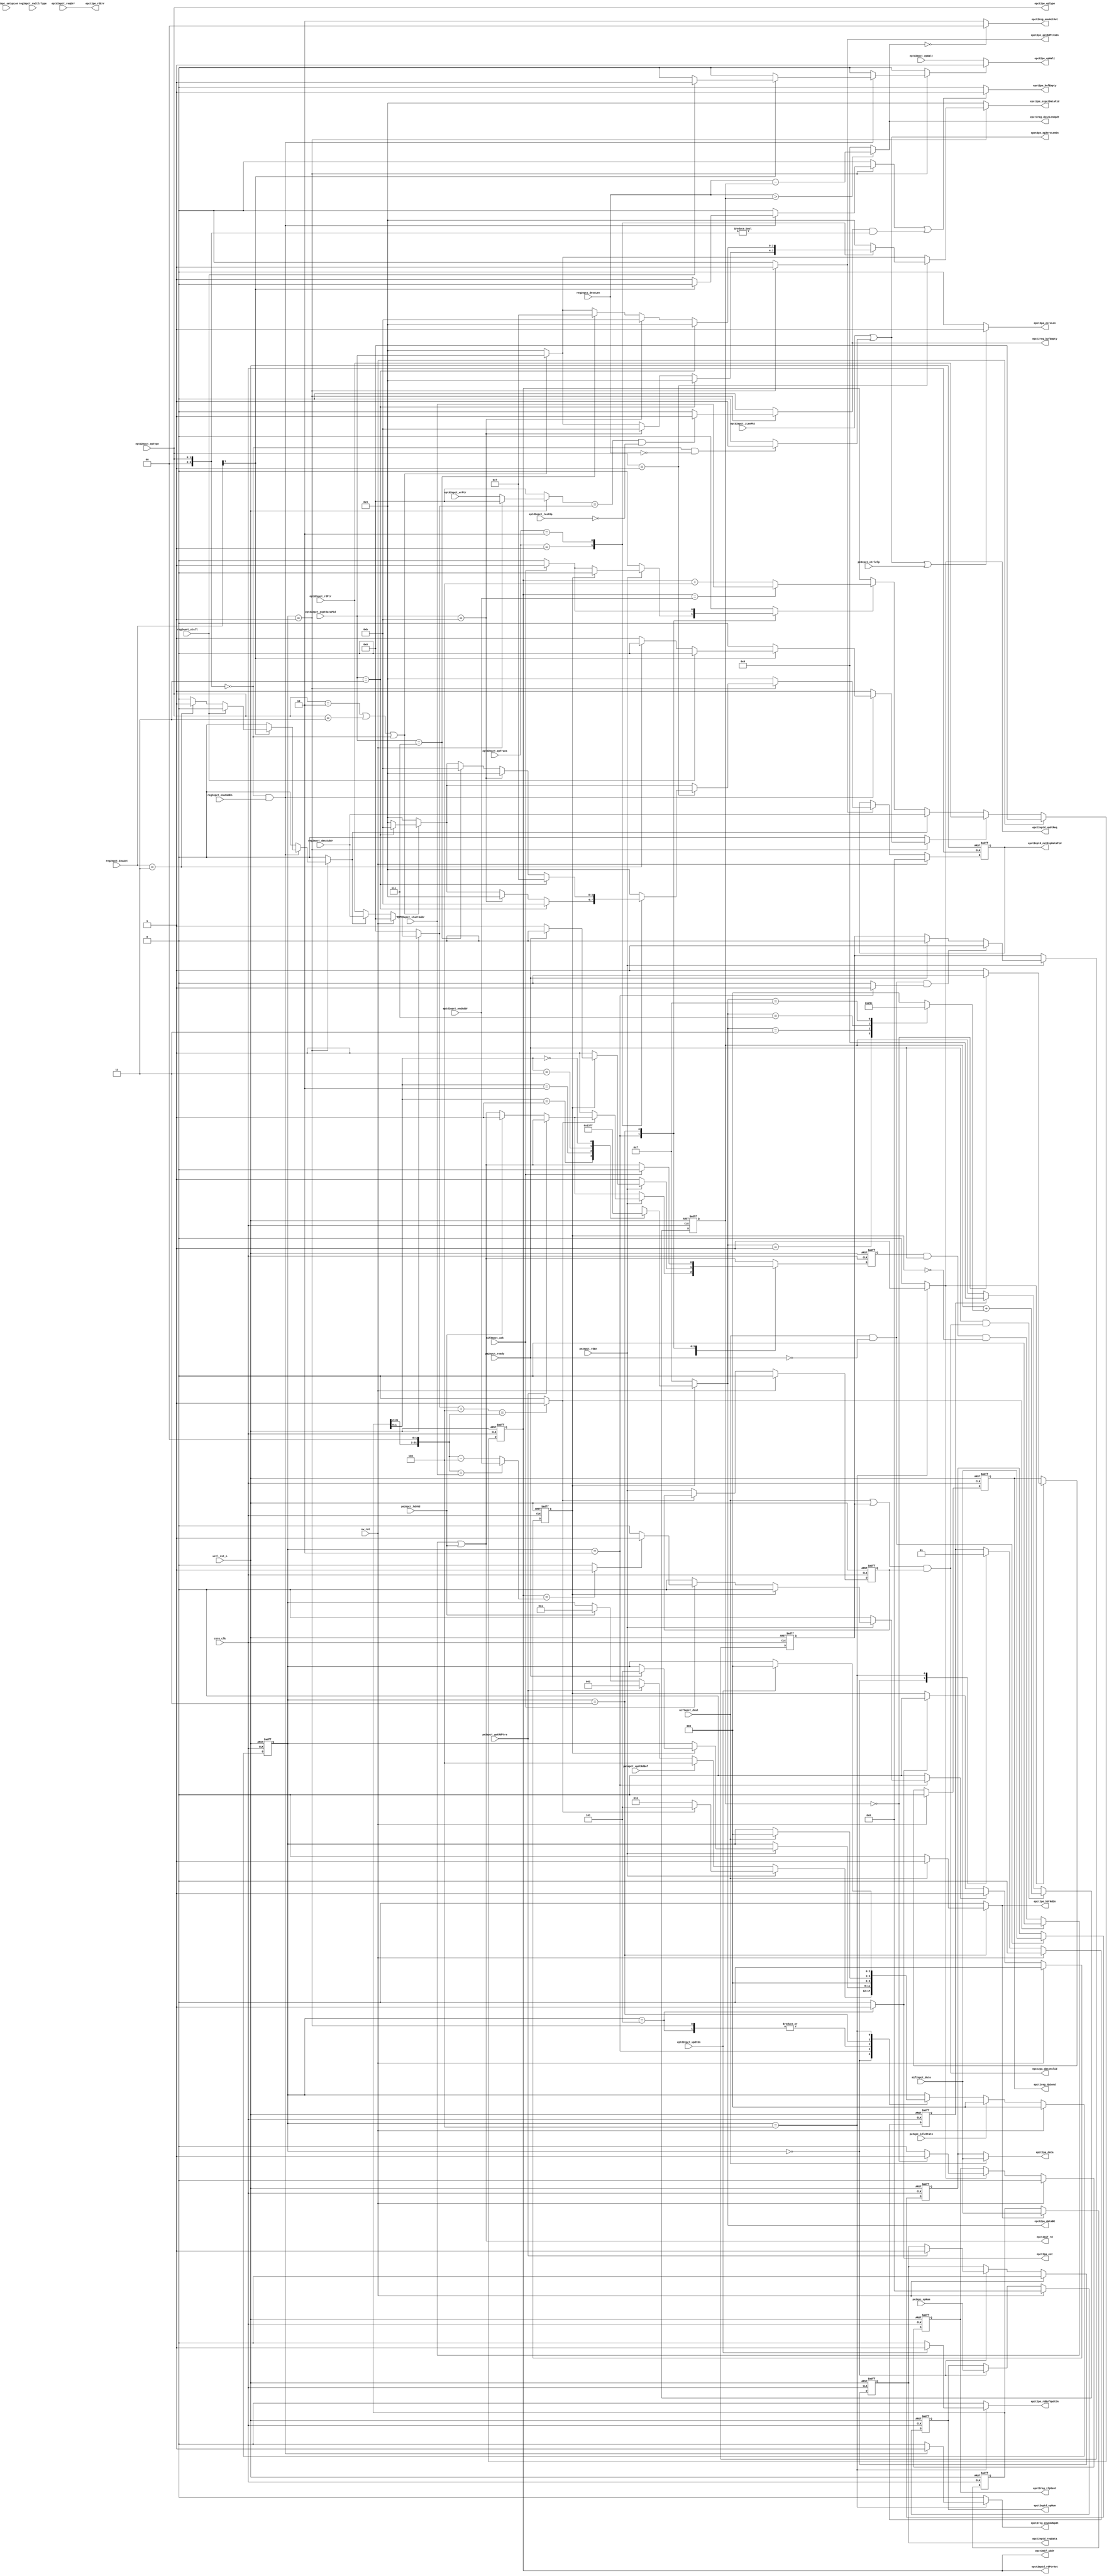
module uctl_epct#(
   parameter   ADDR_SIZE         = 32,
               DATA_SIZE         = 32,
               REGISTER_EPDATA   = 0
   )(
   input wire                    core_clk             , //The core clock
   input wire                    uctl_rst_n           , //Active low reset
   input wire                    sw_rst              , //synchronous software reset

   // ----------------------------------------------------------------
   // pa interface      
   // ----------------------------------------------------------------
   input  wire                   pa2epct_ready        , //indicates that data is  latched into ep buffer
   output wire                   epct2pa_dataValid    , //specifying data availability on the data bus       
   output wire [DATA_SIZE-1:0]   epct2pa_data         , //The Rx Data bus
   output wire [3          :0]   epct2pa_dataBE       , //Byte enable signals for the data bus
   output reg                    epct2pa_eot          , //Last data of current transfer
   output wire                   epct2pa_zeroLen      , //Indicates zero length Rx packet 


   // ----------------------------------------------------------------
   // PE interface      
   // ----------------------------------------------------------------
   input wire                    pe2epct_getRdPtrs    , //get  the current endpoint attributes 
   input wire                    pe2epct_ctrlZlp      , //send zlp for control if IN data stage is completed and new IN token is received
   input wire                    pe2epct_rdEn         , //write enable signal
   input wire                    pe2epct_hdrRd        , //header write request
   input wire                    pe2epct_updtRdBuf    , //buffer update request
   input wire                    pe2epc_idleState     , //high if PE is in IDLE state
   input wire  [3          :0]   pe2epc_epNum         , //current EP number
 //  input wire  [3          :0]   pe2epc_tokenType     , //token Type:SETUP, PING, IN, OUT 
                                                      
   output wire                   epct2pe_epHalt       , // device is halted 
   output wire                   epct2pe_epZeroLenEn  , //     
   output wire                   epct2pe_bufEmpty     , //EP buffer is full
   output wire                   epct2pe_rdErr        , //wrong PE number, wrong direction etc
   output reg                    epct2pe_getRdPtrsDn, //buffer info has been read by epct
   //output reg                    epct2pe_epDir        , //IN/OUT
   output wire [1          :0]   epct2pe_epType       , //EP type:Control, Interrupt, Isochro or Bulk
   output wire [3          :0]   epct2pe_expctDataPid , //expected data token for current pkt
   output reg                    epct2pe_hdrRdDn      , //Header read for buffer is completed
   output reg                    epct2pe_rdBufUpdtDn  , //Buffer info has been updated on successful transfer 
  // output reg                    epct2pe_eot          , //last data has been written in EP buffer 

   // ----------------------------------------------------------------
   // Register interface      
   // ----------------------------------------------------------------
   input wire                    reg2epct_enuCmdEn    , //Enumeration done using ENU_CMD_REG
   input wire [1          :0]    reg2epct_EnuAct      , //Active status:
   input wire [15         :0]    reg2epct_descLen     , //Length of descriptor data requested
   input wire [ADDR_SIZE-1:0]    reg2epct_descAddr    , //Starting address for the descriptor
   input wire                    reg2epct_stall       , //enable stall for request 
   input wire                    reg2epct_rwCtlrType  , // 0: control read, 1: control write
   input wire [16       -1:0]    reg2epc_setupLen     ,
                                                      
   output wire[1           :0]   epct2reg_enuActOut   , //Update value for the ACT field from endpoint
   output reg                    epct2reg_enuCmdUpdt  , //Strobe signal to update ENU_CMD_REG
   output wire[15           :0]  epct2reg_descLenUpdt , // update this value of length
   output wire                   epct2reg_bufEmpty    ,
   output reg                    epct2reg_dpSend      ,
   output reg                    epct2reg_zlpSent     ,                
   // ----------------------------------------------------------------
   // Endpoint Data interface 
   // ----------------------------------------------------------------

   input wire                    eptd2epct_reqErr     , //Request error indication
   input wire [ADDR_SIZE-1:0]    eptd2epct_startAddr  , //Endpoint Start Address
   input wire [ADDR_SIZE-1:0]    eptd2epct_endAddr    , //Endpoint End Address
   input wire [ADDR_SIZE-1:0]    eptd2epct_rdPtr      , //Endpoint Read pointer
   input wire [ADDR_SIZE-1:0]    eptd2epct_wrPtr      , //Endpoint Write pointer
   input wire                    eptd2epct_lastOp     , //Last operation for this EP 0 : READ,1 : WRITE            
   input wire [3          :0]    eptd2epct_exptDataPid, //Expected Data PID for this endpoint         
   input wire                    eptd2epct_updtDn     , //update was done successfully
   input wire                    eptd2epct_epHalt     , //Endpoint Halt 
   input wire [1          :0]    eptd2epct_epTrans    , //High BW # transfers permicro frame
 //input wire [11         :0]    eptd2epct_wMaxPktSize, //Endpoint max buffer size (wMaxPaketSize)
 //input wire                    eptd2epct_dir        , //Endpoint direction 0 : IN 1 : OUT
   input wire [1          :0]    eptd2epct_epType     , //EP Type, control, bulk etc 
   input wire                    eptd2epct_zLenPkt    , //Respond to IN requests to this EP with zero len pkt 

   output reg [3          :0]    epct2eptd_epNum      , //Physical Endpoint number
   output reg                    epct2eptd_reqData    , //Request signal to get all the endpoint
   output reg                    epct2eptd_updtReq    , //Update request for the below EP Attributes
   output wire[ADDR_SIZE-1:0]    epct2eptd_rdPtrOut      , //Write pointer value to be updated
   output reg [3          :0]    epct2eptd_nxtExpDataPid , //next DATA token to be expected for this EP
                                                      
   // ----------------------------------------------------------------
   // Memory interface 
   // ----------------------------------------------------------------
   output wire [ADDR_SIZE-1:0]   epct2mif_addr        , //Address of the memory location in local buffer
   output wire                   epct2mif_rd          , //Write request

   input wire                    mif2epct_ack         , //Ready signal
   input wire [DATA_SIZE-1:0]    mif2epct_data        , //Write data
   input wire                    mif2epct_dVal       
   );
   // ----------------------------------------------------------------
   // local parameters
   // ---------------------------------------------------------------
   // FSM variables

   reg  [2                 :0] current_state, 
                               next_state;
   localparam  IDLE       =  3'b000,    //default state
               GETEPPTR   =  3'b001,    //read pointers and status of end point
               TXDATA     =  3'b010,    //data transfer for OUT
               TXHDR      =  3'b011,    //write header for ACK/NYET
               TXUPDT     =  3'b100,    //update buffer info
               EOT        =  3'b101;

   // end point type parameters       
   // ---------------------------------------------------------------
    localparam CONTROL        = 2'b00    ,    
               ISOCHRONOUS    = 2'b01    ,
               BULK           = 2'b10    ,
               INTERRUPT      = 2'b11    ;

   // usb mode (speed) type parameters       
   // ---------------------------------------------------------------
     localparam LS            = 2'b00,
                FS            = 2'b01,
                HS            = 2'b10,
                SS            = 2'b11;

   // token type parameters       
   // ---------------------------------------------------------------
   localparam  RSRVD          =  4'B0000 ,
               OUT            =  4'b0001 ,  
               IN             =  4'b1001 , 
               PING           =  4'b0100 , 
               SETUP          =  4'b1101 , 
               DATA0          =  4'b0011 , 
               DATA1          =  4'b1011 , 
               DATA2          =  4'b0111 , 
               MDATA          =  4'b1111 ; 

      reg                   epct2mif_rd_r        ;
      reg                   epct2mif_rd_nxt      ; //Write request
      reg                   bufEmpty             ;
      reg  [3:          0]  curExpDataPid        ;
      reg  [3:          0]  nxtExpDataPid        ;
      reg  [3:          0]  epct2eptd_epNum_nxt  ;
      reg                   epct2eptd_reqData_nxt;
      reg  [ADDR_SIZE-1:0]  mifRdAddr            ;
      wire [ADDR_SIZE-1:0]  last_data_addr       ;
      reg  [ADDR_SIZE-1:0]  mifRdAddr_nxt        ;
      reg                   rd_halt              ;
      reg  [ADDR_SIZE-1:0]  startAddr            ;
      reg  [ADDR_SIZE-1:0]  endAddr              ;
      reg  [ADDR_SIZE-1:0]  rdPtr                ;
      reg  [ADDR_SIZE-1:0]  rdPtr_nxt            ;
      reg  [ADDR_SIZE-1:0]  wrPtr_nxt            ;
      reg  [ADDR_SIZE-1:0]  currentPktHdr        ;
      reg  [3:          0]  exptDataPid          ;
      reg                   epHalt               ;
      reg  [1:          0]  epTrans              ;
      reg  [3:          0]  epType               ;
      reg                   addr_load            ; 
      reg                   addr_incr        ; 
      wire                  epHalt_w             ;
      reg                   regAddr_load         ;
      reg                   rdPtrsRcvd           ;
      reg                   set_last_req_acked;
      reg                   clr_last_req_acked; 
      reg                   last_req_acked    ;
      wire [15:         0]  rem_bytes           ; 
      reg  [15:         0]  total_transLen ;
      reg  [15:         0]  currentPkt_len              ;  
      reg  [2          :0]  current_transSize     ;
      reg  [3          :0]  dataBE               ;           
      reg                   currentPktHdr_ld      ;
      reg  [DATA_SIZE-1:0]  mif2epct_data_h       ;
      reg                   mif2epct_dVal_h       ;
      reg                   rdEn_r                ;
      wire                 zeroLen_pkt            ;
      wire                 mif_rd                 ;
      reg                  clr_dval               ;
   // wire                 setup_stall            ;
      wire                 setup_zlp              ;
      reg  [4        -1:0] setupBE                ;
      reg                  send_NAK               ;          
      reg                  set_pkt_sent           ;      
      reg                  clr_pkt_sent           ;
      wire                 data_trans_completed   ;
      reg                  clr_pkt_size           ;
      reg                  clr_pkt_size_nxt       ;

   // ---------------------------------------------------------------
   // Code starts here
   // ---------------------------------------------------------------
   assign last_data_addr         = ( {currentPktHdr[31:2], 2'b00}== startAddr) ? endAddr :{currentPktHdr[31:2], 2'b00} - 3'b100; 
 //assign data_trans_completed   = ((epType!= CONTROL)&&(mifRdAddr == last_data_addr)||((epType==CONTROL)&& rem_bytes==16'b0 ))?1'b1:1'b0;
   assign data_trans_completed   = (mifRdAddr == last_data_addr)?1'b1:1'b0;
// assign total_transLen         = (reg2epc_setupLen >reg2epct_descLen) ? reg2epct_descLen :reg2epc_setupLen;
// assign total_transLen         = reg2epct_descLen; //device can send data upto the programmed length 
   assign rem_bytes              = (reg2epct_descLen>currentPkt_len)? (reg2epct_descLen-currentPkt_len): {16{1'b0}};
   assign setup_zlp              = (epType== CONTROL) &&(reg2epct_descLen ==1'b0) ? 1'b1  :1'b0;
// assign setup_stall            = (epType== CONTROL) &&(! rem_bytes) ? 1'b1               :1'b0;
   assign epct2pe_epZeroLenEn    = eptd2epct_zLenPkt|| setup_zlp;       
   assign epct2pa_zeroLen        = (epct2pe_epZeroLenEn||pe2epct_ctrlZlp)? 1'b1: 1'b0      ;
   assign epct2pa_dataValid      = (mif2epct_dVal | mif2epct_dVal_h) && rdEn_r; 
   assign epHalt_w               = rd_halt ? 1'b1 : epHalt;
   assign epct2pa_data           = mif2epct_dVal  ? mif2epct_data : mif2epct_data_h;
   assign epct2pa_dataBE         = last_req_acked ? dataBE           :  4'b1111 ;
   assign epct2mif_addr          = mifRdAddr                  ; 
   assign zeroLen_pkt            = ((rdPtr+4)== {currentPktHdr[31:2], 2'b00}) ? 1'b1 : 1'b0;
   assign epct2mif_rd            = mif_rd | pe2epct_hdrRd ; 
   assign mif_rd                 = zeroLen_pkt ? 1'b0 :(epct2mif_rd_r & pa2epct_ready && !last_req_acked)   ;
   assign epct2reg_descLenUpdt   = rem_bytes;
   assign epct2reg_enuActOut     =(rem_bytes   == {16{1'b0}}) ? 2'b00 : 2'b10 ;
   assign epct2eptd_rdPtrOut     = mifRdAddr  ; 
   assign epct2pe_epHalt         = epHalt_w /*| (!setup_zlp & setup_stall)*/; 
   assign epct2pe_bufEmpty       = (send_NAK || bufEmpty&&(epType != CONTROL))?1'b1 : 1'b0;
   assign epct2reg_bufEmpty      = bufEmpty;
   assign epct2pe_rdErr          = eptd2epct_reqErr   ;
   assign epct2pe_epType         = eptd2epct_epType     ;                                       
   assign epct2pe_expctDataPid   = curExpDataPid        ;


   always @(*) begin  
      case(currentPktHdr[1:0])
         2'b01:   dataBE = 4'b0001;
         2'b10:   dataBE = 4'b0011;
         2'b11:   dataBE = 4'b0111;
         2'b00:   dataBE = 4'b1111;
         default: dataBE = 4'b0001;
      endcase
   end
/*
   always @(*) begin  
      case( total_transLen[1:0]  )
         2'b01:   setupBE = 4'b0001;
         2'b10:   setupBE = 4'b0011;
         2'b11:   setupBE = 4'b0111;
         default: setupBE = 4'b1111;
      endcase
   end
 
*/
     always @(posedge core_clk, negedge uctl_rst_n) begin 
        if(!uctl_rst_n) begin
            total_transLen    <=    {16{1'b0}} ;   
         end
         else if(!uctl_rst_n) begin
            total_transLen    <=    {16{1'b0}} ;   
         end
         else if(reg2epct_EnuAct==2'b11) begin
            total_transLen    <= reg2epct_descLen;
         end
      end
 
   always @(posedge core_clk, negedge uctl_rst_n) begin 
      if(!uctl_rst_n) begin
         rdEn_r          <= 1'b0;
      end
      else if(sw_rst) begin
         rdEn_r          <= 1'b0;
      end
      else if(!zeroLen_pkt)begin 
         rdEn_r          <= pe2epct_rdEn;
      end
   end

   generate begin
      if(REGISTER_EPDATA == 1) begin 
         always @(posedge core_clk, negedge uctl_rst_n) begin 
            if(!uctl_rst_n) begin
               startAddr      <= {ADDR_SIZE{1'b0}};
               endAddr        <= {ADDR_SIZE{1'b0}};
               exptDataPid    <= 4'b0             ;
               epHalt         <= 1'b0             ;
               epTrans        <= 2'b0             ;
               epType         <= 2'b0             ;
            end
            else if(sw_rst) begin
               startAddr      <= {ADDR_SIZE{1'b0}};
               endAddr        <= {ADDR_SIZE{1'b0}};
               exptDataPid    <= 4'b0             ;
               epHalt         <= 1'b0             ;
               epTrans        <= 2'b0             ;
               epType         <= 2'b0             ;
            end
            else if(rdPtrsRcvd) begin 
              startAddr      <= eptd2epct_startAddr      ;
              endAddr        <= eptd2epct_endAddr        ;
              exptDataPid    <= eptd2epct_exptDataPid    ;
              epHalt         <= eptd2epct_epHalt         ;
              epTrans        <= eptd2epct_epTrans        ;
              epType         <= eptd2epct_epType         ;
              rdPtr          <= rdPtr_nxt                ;
            end
         end
      end
      else begin 
         always@(*) begin
            startAddr       = eptd2epct_startAddr      ;
            endAddr         = eptd2epct_endAddr        ;
            exptDataPid     = eptd2epct_exptDataPid    ;
            epHalt          = eptd2epct_epHalt         ;
            epTrans         = eptd2epct_epTrans        ;
            epType          = eptd2epct_epType         ;
            rdPtr           = rdPtr_nxt                ;
         end
      end
   end
  endgenerate 


   always @(posedge core_clk, negedge uctl_rst_n) begin 
      if(! uctl_rst_n) begin
         epct2reg_dpSend   <= 1'b0;   
         epct2reg_zlpSent  <= 1'b0;
      end
      else if(sw_rst ) begin
         epct2reg_dpSend   <= 1'b0;   
         epct2reg_zlpSent  <= 1'b0;
      end
      else if(set_pkt_sent) begin
         if(currentPkt_len == 16'h0000) begin
            epct2reg_dpSend   <= 1'b0;   
            epct2reg_zlpSent  <= 1'b1;
         end
         else begin
            epct2reg_dpSend   <= 1'b1;   
            epct2reg_zlpSent  <= 1'b0;
         end
      end
      else if(clr_pkt_sent) begin
         epct2reg_dpSend   <= 1'b0;   
         epct2reg_zlpSent  <= 1'b0;
      end
   end
         
            

 
   always @(posedge core_clk, negedge uctl_rst_n) begin 
      if(! uctl_rst_n) begin
         epct2eptd_reqData    <= 1'b0                   ;
         epct2eptd_epNum      <= 1'b0                 ;
      end
      else if(sw_rst) begin
         epct2eptd_reqData    <= 1'b0                   ;
         epct2eptd_epNum      <= 1'b0                 ;
      end
      else begin
         epct2eptd_epNum      <= epct2eptd_epNum_nxt  ;
         epct2eptd_reqData    <= epct2eptd_reqData_nxt;
      end
      end

      
   always @(posedge core_clk, negedge uctl_rst_n) begin 
      if(! uctl_rst_n) begin
         epct2eptd_nxtExpDataPid <= 4'b0000;        
      end
      else if(sw_rst) begin
         epct2eptd_nxtExpDataPid <= 4'b0000;        
      end
      else if(epct2pe_getRdPtrsDn) begin
         epct2eptd_nxtExpDataPid <= nxtExpDataPid;        
      end
   end

   //for control transfer, using registers count remaining transfer 
   always @(posedge core_clk, negedge uctl_rst_n) begin 
      if(! uctl_rst_n) begin
         currentPkt_len   <= {16{1'b0}};         
      end
   // else if(!pe2epct_hdrRd  &&   addr_incr) begin 
      else if(pa2epct_ready && epct2pa_dataValid) begin 
         currentPkt_len   <= currentPkt_len + current_transSize;
      end
      else if(clr_pkt_size ) begin
         currentPkt_len   <= {16{1'b0}};         
      end
   end

   always @(posedge core_clk, negedge uctl_rst_n) begin 
      if(! uctl_rst_n) begin
         clr_pkt_size            = 1'b0             ;
      end
      else if(   sw_rst   ) begin
         clr_pkt_size            = 1'b0             ;
      end
      else begin 
         clr_pkt_size           <= clr_pkt_size_nxt ;
      end
   end

   //generate memory address combinatorially
   always @(*) begin 
      if(addr_load) begin
         mifRdAddr_nxt        = eptd2epct_rdPtr ;
      end
      else if(regAddr_load) begin 
         mifRdAddr_nxt        = reg2epct_descAddr ;
      end   
      else if(addr_incr) begin
         if(mifRdAddr == endAddr) begin 
            mifRdAddr_nxt        = startAddr;
         end 
         else begin 
            mifRdAddr_nxt     = mifRdAddr +3'b100; 
         end
      end   
      else begin 
         mifRdAddr_nxt     = mifRdAddr;
      end
   end
   //calculate number of bytes transfer in current transfer
   always @(*)begin
      case(epct2pa_dataBE        )
         4'b0000: begin
            current_transSize= 3'b000;
         end
         4'b0001: begin
            current_transSize= 3'b001;
         end
         4'b0011: begin
            current_transSize= 3'b010;
         end
         4'b0111: begin
            current_transSize= 3'b011;
         end
         4'b1111: begin
            current_transSize= 3'b100;
         end
         default: begin
            current_transSize= 3'b000;
         end
      endcase
   end


   // MEMORY read  address
   //---------------------------------------------------------------
   always @(posedge core_clk, negedge uctl_rst_n) begin 
      if(! uctl_rst_n) begin
         mifRdAddr         <={DATA_SIZE{1'b0}} ;
      end
      else if(sw_rst) begin
         mifRdAddr         <={DATA_SIZE{1'b0}} ;
      end
      else begin 
         mifRdAddr         <= mifRdAddr_nxt  ;
      end
   end      


   //generate transfer complete signal
   always @(posedge core_clk, negedge uctl_rst_n) begin 
      if(! uctl_rst_n) begin
         last_req_acked <= 1'b0;
      end
      else if(sw_rst)begin
         last_req_acked <= 1'b0;
      end
      else if(set_last_req_acked) begin 
         last_req_acked <= 1'b1;
      end
      else if (clr_last_req_acked) begin 
         last_req_acked <= 1'b0;
      end
   end

  //register data from mif 
   always @(posedge core_clk, negedge uctl_rst_n) begin 
      if(! uctl_rst_n) begin
        mif2epct_data_h <= {32{1'b0}};
      end
      else if(mif2epct_dVal && !pa2epct_ready) begin 
         mif2epct_data_h<= mif2epct_data;
      end
   end

   always @(posedge core_clk, negedge uctl_rst_n) begin 
      if(! uctl_rst_n) begin
         mif2epct_dVal_h  <= 1'b0;
      end
      else if(pe2epct_rdEn) begin 
         if(!pa2epct_ready && mif2epct_dVal&&clr_dval) begin
            mif2epct_dVal_h  <= 1'b1;
         end
         else if(pa2epct_ready  ) begin
            mif2epct_dVal_h  <= 1'b0;
         end
      end
   end
      
   //store header read from memory
   always @(posedge core_clk, negedge uctl_rst_n) begin 
      if(! uctl_rst_n) begin
         currentPktHdr  <= {DATA_SIZE{1'b0}};
		end
      else if(currentPktHdr_ld) begin 
         currentPktHdr  <= mif2epct_data;
      end
   end

   always @(*) begin 
      if(! uctl_rst_n) begin
         rdPtr_nxt          = {ADDR_SIZE{1'b0}}             ;
         wrPtr_nxt          = {ADDR_SIZE{1'b0}}             ;
      end
      else if(sw_rst) begin
         rdPtr_nxt          = {ADDR_SIZE{1'b0}}             ;
         wrPtr_nxt          = {ADDR_SIZE{1'b0}}             ;
      end
      else if(regAddr_load)begin 
         rdPtr_nxt          = reg2epct_descAddr;
         wrPtr_nxt          = eptd2epct_wrPtr ;
      end
      else begin 
         rdPtr_nxt          = eptd2epct_rdPtr               ;
         wrPtr_nxt          = eptd2epct_wrPtr               ;
      end
   end
   // FSM sequential block
   // ---------------------------------------------------------------
   always @(posedge core_clk, negedge uctl_rst_n) begin 
      if(! uctl_rst_n) begin
         current_state  <= IDLE;
      end
      else if(sw_rst) begin
         current_state  <= IDLE;
      end
      else if(pe2epc_idleState ) begin 
         current_state  <= IDLE;
      end
      else begin
         current_state <= next_state;
      end
   end
   always @(posedge core_clk, negedge uctl_rst_n) begin 
      if(! uctl_rst_n) begin
         epct2mif_rd_r       <= 1'b0;
         
      end
      else begin 
         epct2mif_rd_r       <= epct2mif_rd_nxt;
      end
   end      


   // FSM combinational block
   // ---------------------------------------------------------------

   always @ * begin
      next_state              = current_state    ;
      //current_token_nxt       = current_token    ;
      //current_epNum_nxt       = current_epNum    ;
      epct2eptd_epNum_nxt     = epct2eptd_epNum  ;
      epct2eptd_reqData_nxt   = epct2eptd_reqData;       
      bufEmpty                 = 1'b0            ;     
      epct2pe_getRdPtrsDn     = 1'b0            ;
      rdPtrsRcvd              = 1'b0             ;
      epct2pe_hdrRdDn         = 1'b0             ;
      currentPktHdr_ld        = 1'b0             ;
      nxtExpDataPid           = DATA0            ;
      curExpDataPid           = DATA0            ;
      epct2pe_rdBufUpdtDn     = 1'b0             ; 
      rd_halt                 = 1'b0             ; 
      addr_load               = 1'b0             ;
      addr_incr               = 1'b0             ;
      regAddr_load            = 1'b0             ;
      set_last_req_acked   = 1'b0             ;
      epct2mif_rd_nxt         = epct2mif_rd      ;
      epct2pa_eot             = 1'b0             ;
      clr_dval                = 1'b0             ;
      epct2eptd_updtReq       = 1'b0             ;    
      epct2reg_enuCmdUpdt     = 1'b0             ;
      clr_last_req_acked      = 1'b0             ;
      send_NAK                = 1'b0             ;
      set_pkt_sent            = 1'b0             ;
      clr_pkt_sent            = 1'b0             ;
      clr_pkt_size_nxt        = clr_pkt_size     ;
      
    case(current_state)
       IDLE : begin   //default state
            clr_pkt_size_nxt        = 1'b0;
            clr_pkt_sent            = 1'b0             ;
            epct2eptd_epNum_nxt  = pe2epc_epNum  ;
            if(pe2epct_getRdPtrs) begin 
               epct2eptd_reqData_nxt= 1'b1          ;
               rdPtrsRcvd           = 1'b1          ; 
               next_state        = GETEPPTR         ;
            end
            else if(pe2epct_hdrRd) begin 
               next_state        = TXHDR;
               epct2mif_rd_nxt   = 1'b1 ;
            end
            if(pe2epct_updtRdBuf) begin 
               next_state        = TXUPDT;
            end
            if(pe2epct_rdEn) begin 
               if(zeroLen_pkt) begin
                  next_state     = EOT  ; 
               end
               else begin 
                  next_state     = TXDATA;
                  epct2mif_rd_nxt= 1'b1  ; 
               end
            end
         end
         GETEPPTR : begin
            if((epType == CONTROL)  && (reg2epct_enuCmdEn == 1'b1)) begin 
               if(reg2epct_EnuAct[1]!=1'b1) begin 
                  send_NAK        = 1'b1;
              end
               else if(reg2epct_stall== 1'b1) begin
                  rd_halt        = 1'b1; 
               end
               else if(reg2epct_EnuAct == 2'b11) begin 
                  regAddr_load   = 1'b1;
               end
               else begin 
                  addr_load         = 1'b1;
               end
            end
            else begin 
               addr_load         = 1'b1;
            end
   
            epct2pe_getRdPtrsDn  = 1'b1;  
            if((wrPtr_nxt == rdPtr_nxt) && (eptd2epct_lastOp== 1'b0)) begin
               bufEmpty          = 1'b1;     
            end
            //calculate next expected data token
            if(epType == BULK || epType == INTERRUPT || 
               epType == CONTROL) begin 
               if(exptDataPid == DATA0) begin
                  nxtExpDataPid = DATA1;
               end
               else if(exptDataPid == DATA1) begin
                  nxtExpDataPid = DATA0;
               end
               curExpDataPid    = exptDataPid;
            end
            if(epType == ISOCHRONOUS) begin
               case(epTrans)
                  2'b00: begin
                     nxtExpDataPid        = DATA0;
                     curExpDataPid        = DATA0;
                  end
                  
                  2'b01: begin
                     if(exptDataPid == DATA1) begin 
                        nxtExpDataPid     = DATA0;
                        curExpDataPid     = DATA1;
                     end
                     if(exptDataPid == DATA0) begin 
                        nxtExpDataPid     = DATA1;
                        curExpDataPid     = DATA0;
                     end
                  end
         
                  2'b10: begin 
                     if(exptDataPid == DATA2) begin 
                        nxtExpDataPid     = DATA1;
                        curExpDataPid     = DATA2;
                     end
                     if(exptDataPid == DATA1) begin 
                        nxtExpDataPid     = DATA0;
                        curExpDataPid     = DATA1;
                     end
                     if(exptDataPid == DATA0) begin 
                        nxtExpDataPid     = DATA2;
                        curExpDataPid     = DATA0;
                     end
                  end
                  default: begin
                     nxtExpDataPid        = DATA0;
                     curExpDataPid        = DATA0;
                  end
               endcase
            end
            next_state                 = IDLE; 
         end
         TXDATA : begin
            clr_dval             = 1;
            epct2mif_rd_nxt      = 1'b1  ;
            if((pe2epct_rdEn) ) begin
               if(!last_req_acked )begin 
                  if(mif2epct_ack) begin 
                     addr_incr      = 1'b1 ;
                     if(data_trans_completed) begin
                        set_last_req_acked = 1'b1;
                     end
                  end
               end
               else if(pa2epct_ready) begin 
                  next_state     = EOT  ; 
                  epct2mif_rd_nxt= 1'b0  ;

                  
               end
            end
         end

         EOT: begin 
            epct2pa_eot    =  1'b1 ;
            next_state     =  IDLE  ; 
            clr_last_req_acked = 1'b1;
         end


         TXHDR: begin
            if(mif2epct_ack) begin 
               epct2mif_rd_nxt  = 1'b0;
               addr_incr        = 1'b1 ;
            end
               
            if(mif2epct_dVal) begin 
               epct2pe_hdrRdDn  = 1'b1;
               currentPktHdr_ld = 1'b1;
               next_state       = IDLE;
            end
         end
         
         TXUPDT: begin
            epct2eptd_updtReq   = 1'b1              ;    
            clr_pkt_size_nxt    = 1'b1;
            set_pkt_sent        = 1'b1;
            if((reg2epct_enuCmdEn == 1) && (epType == CONTROL))begin 
               epct2reg_enuCmdUpdt  = 1'b1  ;
            end 
            if(eptd2epct_updtDn) begin
               epct2pe_rdBufUpdtDn  = 1'b1; 
               next_state           = IDLE;
            end
         end    
      endcase 
   end
endmodule